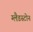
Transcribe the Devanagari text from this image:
ग्‍लैडस्‍टोन